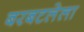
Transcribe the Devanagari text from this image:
बरबटलेला